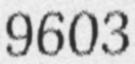
9603